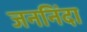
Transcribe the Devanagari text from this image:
जननिंदा